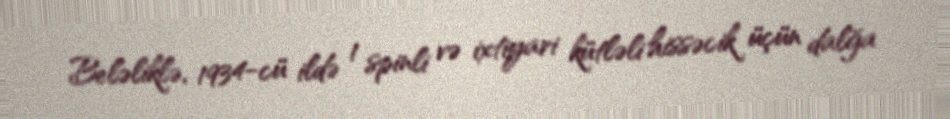
Beləliklə, 1934-cü ildə 1 spinli və ixtiyari kütləli hissəcik üçün dalğa